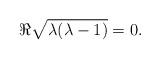
LaTeX: \begin{align*} \Re \sqrt{\lambda(\lambda-1)} =0.\end{align*}